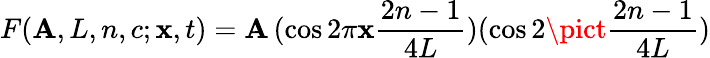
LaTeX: F(\mathbf{A},L,n,c;\mathbf{x},t)=\mathbf{A}\, (\cos2\pi\mathbf{x}{\frac{{2n-1}}{{4L}}})(\cos2\pict{\frac{{2n-1}}{{4L}}})